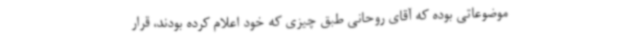
موضوعاتی بوده که آقای روحانی طبق چیزی که خود اعلام کرده بودند، قرار